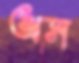
অব্স